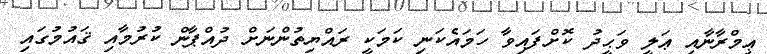
ޢިމްރާނާއި ޢަލީ ވަޙީދު ކޮށްފައިވާ ހަމައެކަނި ކަމަކީ ރައްޔިތުންނަށް ދުއްޕާން ކުރުމާއި ޤައުމުގައި